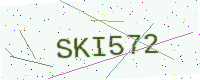
Text: SKI572